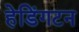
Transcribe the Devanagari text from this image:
हेडिंगटन